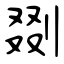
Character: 剟